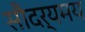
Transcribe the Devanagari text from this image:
सौदर्यमय